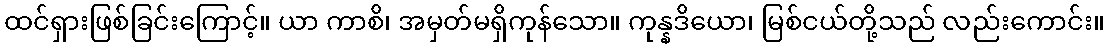
ထင်ရှားဖြစ်ခြင်းကြောင့်။ ယာ ကာစိ၊ အမှတ်မရှိကုန်သော။ ကုန္နဒိယော၊ မြစ်ငယ်တို့သည် လည်းကောင်း။